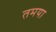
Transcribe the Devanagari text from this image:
तमया